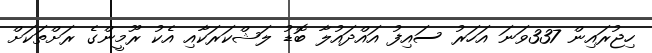
ހިޖުރައިން 337ވަނަ އަހަރު ސައިފު އައްދައުލާ ބޮޑު ލަޝްކަރަކާއި އެކު ރޫމީންގެ ރަށްތަކަށް